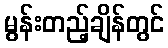
မွန်းတည့်ချိန်တွင်